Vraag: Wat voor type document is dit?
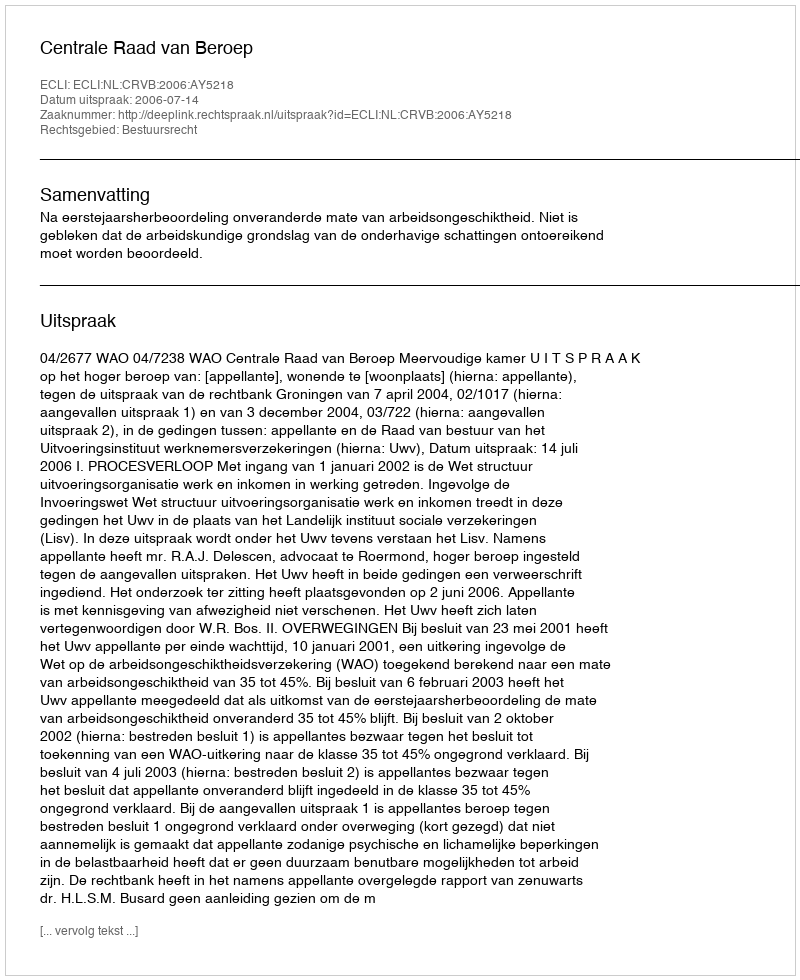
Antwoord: Uitspraak